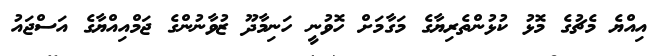
އިއްޔެ މެޗުގެ މޮޅު ކުޅުންތެރިޔާގެ މަގާމަށް ހޮވުނީ ހަނިމާދޫ ޒުވާނުންގެ ޖަމްއިއްޔާގެ އަސްޖައު